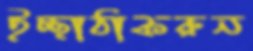
ইচ্ছাঠাকরুন